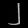
Digit: ၂